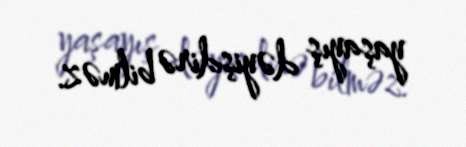
yaşayış dəyişdirə bilməz.